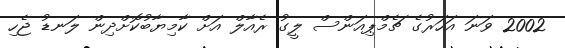
2002 ވަނަ އަހަރުގެ ޗެމްޕިއަންސް ލީގު ރެއާލް އަށް ކާމިޔާބުކޮށްދިން ލަނޑު ޖެހި